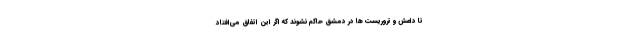
تا داعش و تروریست ها در دمشق حاکم نشوند که اگر این اتفاق می‌افتاد